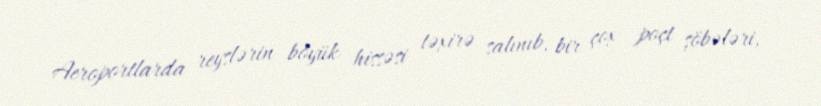
Aeroportlarda reyslərin böyük hissəsi təxirə salınıb, bir çox poçt şöbələri,